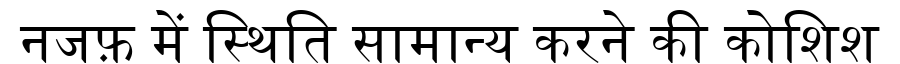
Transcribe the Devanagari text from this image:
नजफ़ में स्थिति सामान्य करने की कोशिश